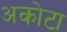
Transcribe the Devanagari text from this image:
अकोटा